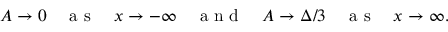
A \rightarrow 0 \quad \mathrm { ~ a ~ s ~ } \quad x \rightarrow - \infty \quad \mathrm { ~ a ~ n ~ d ~ } \quad A \rightarrow \Delta / 3 \quad \mathrm { ~ a ~ s ~ } \quad x \rightarrow \infty .